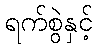
ရက်စွဲနှင့်